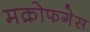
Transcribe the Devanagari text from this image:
मक्रोफगेस